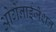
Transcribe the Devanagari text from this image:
ओर्गेनाईजेशन